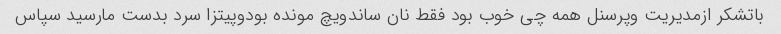
باتشکر ازمدیریت وپرسنل همه چی خوب بود فقط نان ساندویچ مونده بودوپیتزا سرد بدست مارسید سپاس